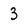
Character: 3